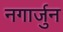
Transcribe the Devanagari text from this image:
नगार्जुन